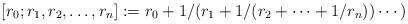
LaTeX: \begin{align*}[r_{0};r_{1},r_{2},\ldots,r_{n}]:=r_{0}+1/(r_{1}+1/(r_{2}+\cdots+1/r_{n}))\cdots) \end{align*}